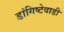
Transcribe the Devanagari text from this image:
डांगिष्टेवाडी